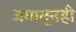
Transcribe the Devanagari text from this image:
जगातूनही